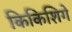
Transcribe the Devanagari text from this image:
किकिशिगे